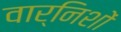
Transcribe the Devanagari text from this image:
वार्निशों